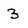
Character: 3